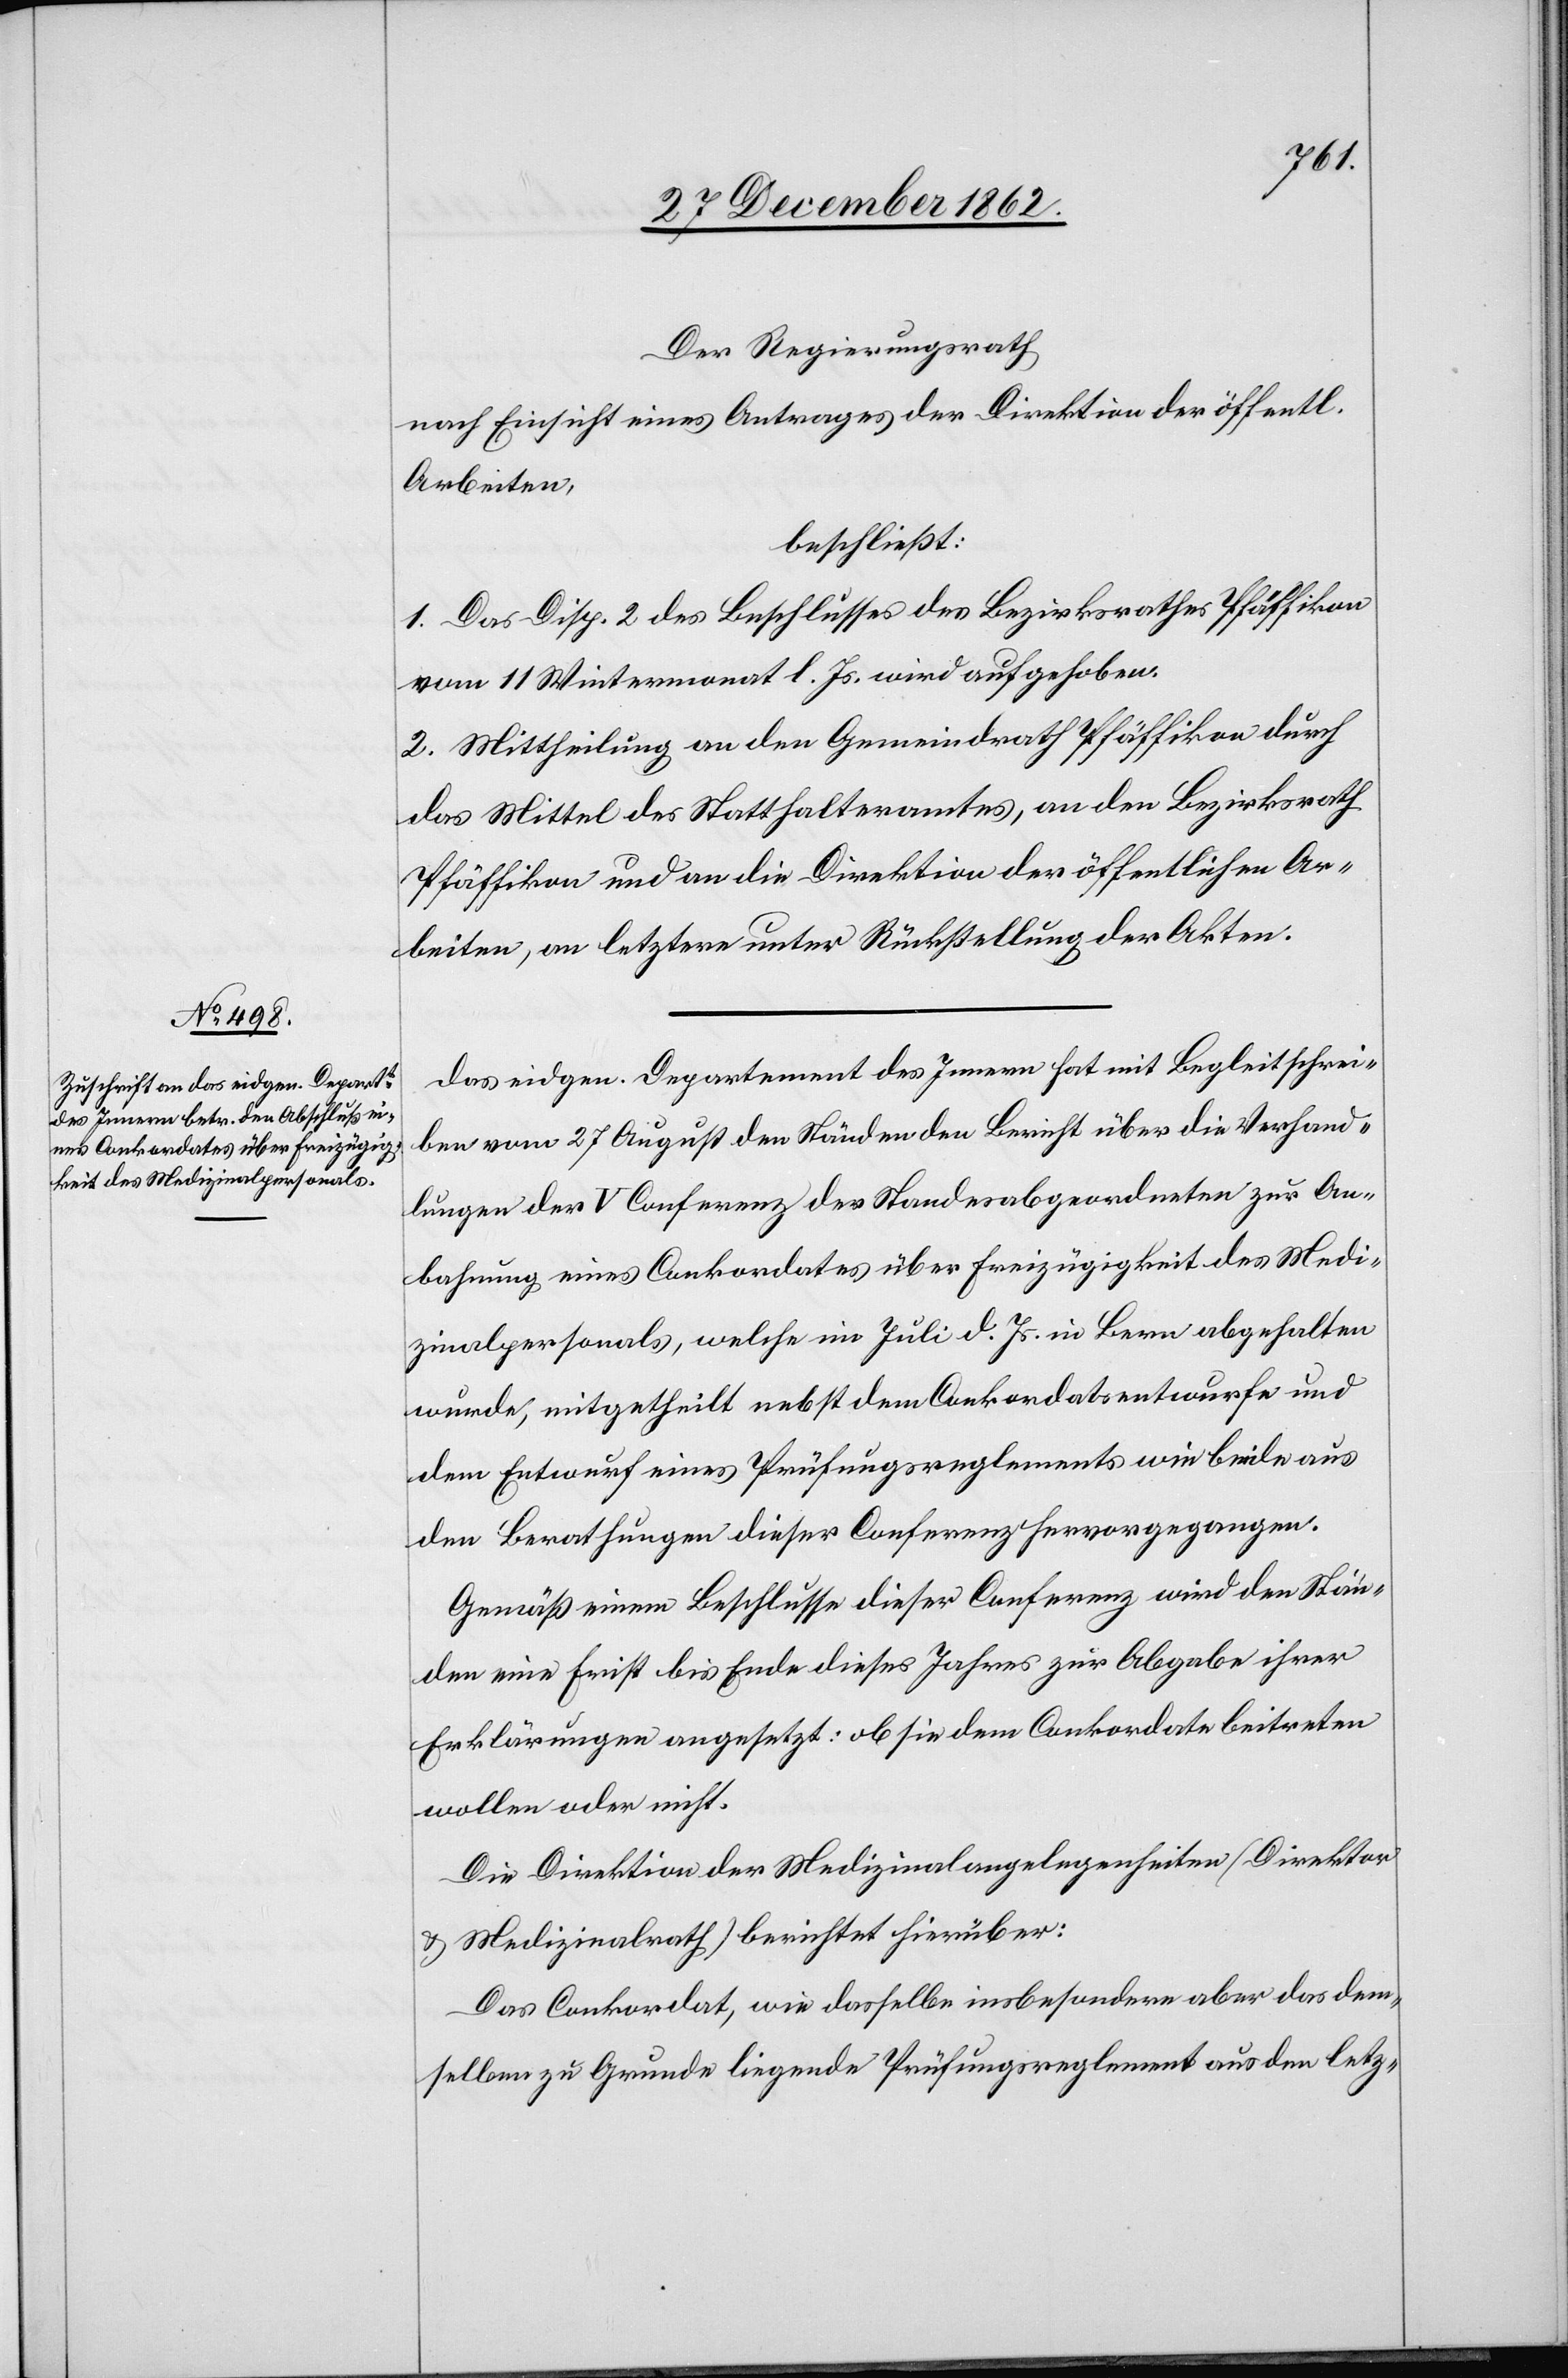
Der Regierungsrath,
nach Einsicht eines Antrages der Direktion der öffentl.
Arbeiten,
beschließt:
1. Das Disp. 2 des Beschlusses des Bezirksrathes Pfäffikon
vom 11. Wintermonat l. Js. wird aufgehoben.
2. Mittheilung an den Gemeindrath Pfäffikon durch
das Mittel des Statthalteramtes, an den Bezirksrath
Pfäffikon und an die Direktion der öffentlichen Ar¬
beiten, an letztere unter Rückstellung der Akten.
Das eidgen. Departement des Innern hat mit Begleitschrei¬
ben vom 27. August den Ständen den Bericht über die Verhand¬
lungen der V Conferenz der Standesabgeordneten zur An¬
bahnung eines Conkordates über Freizügigkeit des Medi¬
zinalpersonals, welche im Juli d. Js. in Bern abgehalten
wurde, mitgetheilt nebst dem Conkordatsentwurfe und
dem Entwurf eines Prüfungsreglements wie beide aus
den Berathungen dieser Conferenz hervorgegangen.
Gemäß einem Beschlusse dieser Conferenz wird den Stän¬
den eine Frist bis Ende dieses Jahres zur Abgabe ihrer
Erklärungen angesetzt: ob sie dem Conkordate beitreten
wollen oder nicht.
Die Direktion der Medizinalangelegenheiten (Direktor
u. Medizinalrath) berichtet hierüber:
Das Conkordat, wie dasselbe insbesondere aber das dem¬
selben zu Grunde liegende Prüfungsreglement aus den letz-